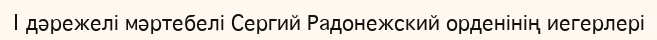
I дәрежелі мәртебелі Сергий Радонежский орденінің иегерлері